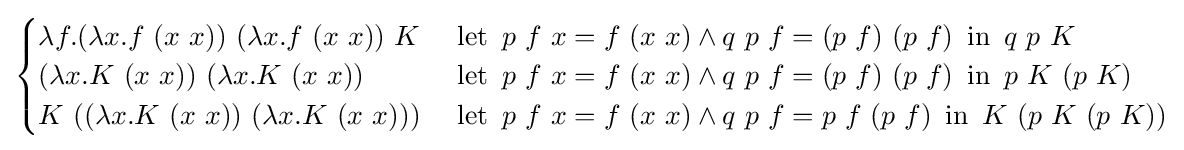
{\begin{cases}\lambda f.(\lambda x.f\ (x\ x))\ (\lambda x.f\ (x\ x))\ K&\ \operatorname {let} \ p\ f\ x=f\ (x\ x)\land q\ p\ f=(p\ f)\ (p\ f)\ \operatorname {in} \ q\ p\ K\\(\lambda x.K\ (x\ x))\ (\lambda x.K\ (x\ x))&\ \operatorname {let} \ p\ f\ x=f\ (x\ x)\land q\ p\ f=(p\ f)\ (p\ f)\ \operatorname {in} \ p\ K\ (p\ K)\\K\ ((\lambda x.K\ (x\ x))\ (\lambda x.K\ (x\ x)))&\ \operatorname {let} \ p\ f\ x=f\ (x\ x)\land q\ p\ f=p\ f\ (p\ f)\ \operatorname {in} \ K\ (p\ K\ (p\ K))\\\end{cases}}